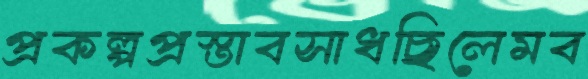
প্রকল্পপ্রস্তাবসাধছিলেমব